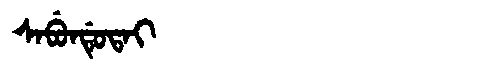
Manchu: ᠰᠠᠪᡠᠨᡩᡠᡨᠠᡳ
Romanization: SABUNDUTAI